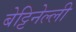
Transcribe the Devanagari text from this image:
बेट्टिनेल्ली